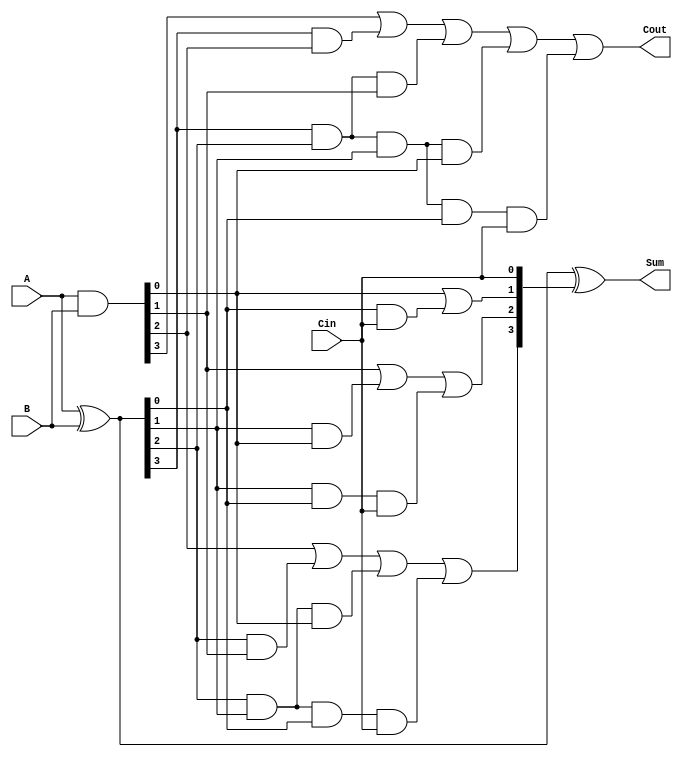
module RippleCarryLookaheadAdder #(
    parameter n = 4  // Define the width of the adder
)(
    input [n-1:0] A,     // First n-bit input
    input [n-1:0] B,     // Second n-bit input
    input Cin,           // Carry-in
    output [n-1:0] Sum,  // n-bit sum output
    output Cout          // Carry-out
);

    // Internal signals for generate and propagate
    wire [n-1:0] G; // Generate signals
    wire [n-1:0] P; // Propagate signals
    wire [n:0] C;   // Carry signals

    // Generate and propagate logic
    assign G = A & B;      // Generate: G[i] = A[i] & B[i]
    assign P = A ^ B;      // Propagate: P[i] = A[i] ^ B[i]

    // Carry signals
    assign C[0] = Cin;     // C[0] = Cin

    generate
        genvar i;
        for (i = 0; i < n; i = i + 1) begin: carry
            if (i == 0) begin
                assign C[1] = G[0] | (P[0] & Cin);  // C[1] = G[0] | (P[0] & Cin)
            end else if (i == 1) begin
                assign C[2] = G[1] | (P[1] & G[0]) | (P[1] & P[0] & Cin);
            end else if (i == 2) begin
                assign C[3] = G[2] | (P[2] & G[1]) | (P[2] & P[1] & G[0]) | (P[2] & P[1] & P[0] & Cin);
            end else if (i == 3) begin
                assign C[4] = G[3] | (P[3] & G[2]) | (P[3] & P[2] & G[1]) | (P[3] & P[2] & P[1] & G[0]) | (P[3] & P[2] & P[1] & P[0] & Cin);
            end
        end
    endgenerate

    // Sum calculation
    assign Sum = P ^ C[n-1:0]; // Sum[i] = P[i] ^ C[i]

    // Carry-out
    assign Cout = C[n];  // Final carry-out

endmodule